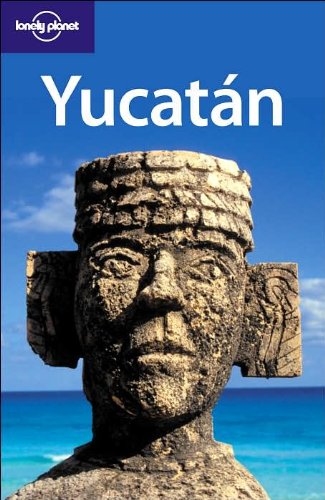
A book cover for Lonely Planet Yucatan (Regional Guide); Ray Bartlett; Travel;